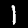
Label: 1